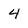
Character: 4